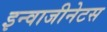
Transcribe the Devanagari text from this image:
इन्वाजीनेटस